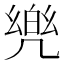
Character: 𮰋